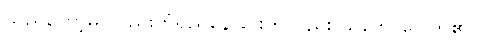
သည်တော့မှ လှည်းတံရှည်နေခြင်းကိုလည်း သဘောပေါက်၏။